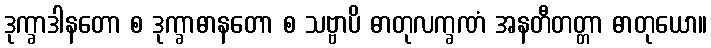
ဒုက္ခာဒါနတော စ ဒုက္ခာဓာနတော စ သဗ္ဗာပိ ဓာတုလက္ခဏံ အနတီတတ္တာ ဓာတုယော။